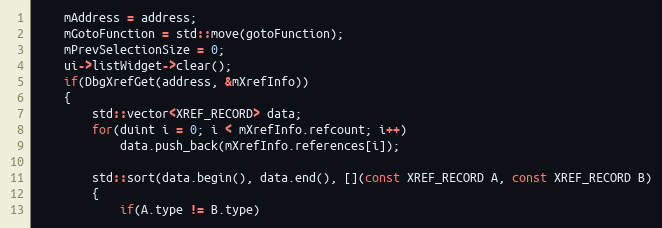
Language: C++
    mAddress = address;
    mGotoFunction = std::move(gotoFunction);
    mPrevSelectionSize = 0;
    ui->listWidget->clear();
    if(DbgXrefGet(address, &mXrefInfo))
    {
        std::vector<XREF_RECORD> data;
        for(duint i = 0; i < mXrefInfo.refcount; i++)
            data.push_back(mXrefInfo.references[i]);

        std::sort(data.begin(), data.end(), [](const XREF_RECORD A, const XREF_RECORD B)
        {
            if(A.type != B.type)